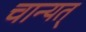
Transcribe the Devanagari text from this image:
चान्यत्